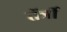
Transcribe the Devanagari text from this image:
तॅर्त्री